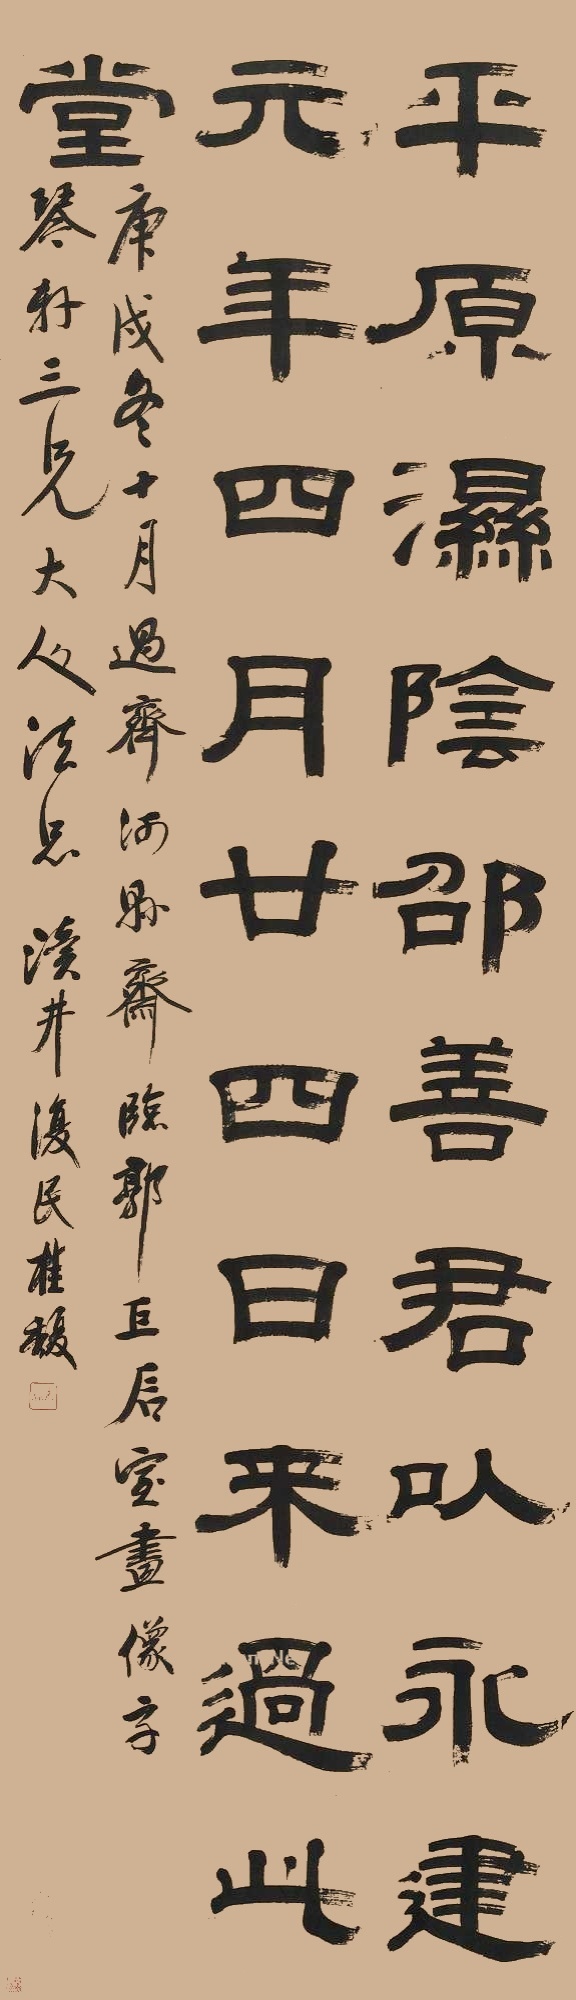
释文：平原湿阴邵善君以永建四年四月二十四日来过此堂。庚戌冬十月，过齐河县斋临郭巨后室画像字，琴轩三兄大人法正，渎井复民桂馥。